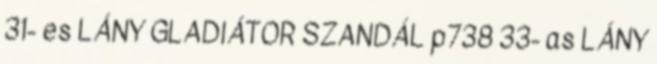
31- es LÁNY GLADIÁTOR SZANDÁL p738 33- as LÁNY